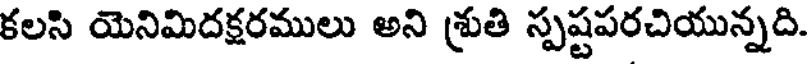
కలసి యెనిమిదక్షరములు అని శ్రుతి స్పష్టపరచియున్నది.